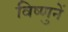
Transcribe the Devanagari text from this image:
विष्णुनें